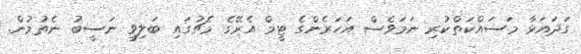
ގަދައަޅާ މަސައްކަތްކުރި ނަމަވެސް އަހަރެންގެ ޓީމް އެރޭގެ މެޗުގައި ބަލިވީ ނަސީބު ނެތުމުން.